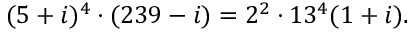
( 5 + i ) ^ { 4 } \cdot ( 2 3 9 - i ) = 2 ^ { 2 } \cdot 1 3 ^ { 4 } ( 1 + i ) .